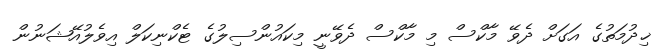
ޚިދުމަތުގެ އަގަށް ދެވޭ މާކްސް މި މާކްސް ދެވޭނީ މިކައުންސިލުގެ ޓެކްނިކަލް އިވެލުއޭޝަނުން